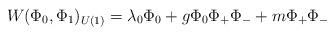
LaTeX: \begin{align*}W(\Phi_0,\Phi_1)_{U(1)} = \lambda_0\Phi_0 + g\Phi_0 \Phi_+ \Phi_-+m\Phi_+\Phi_-\end{align*}